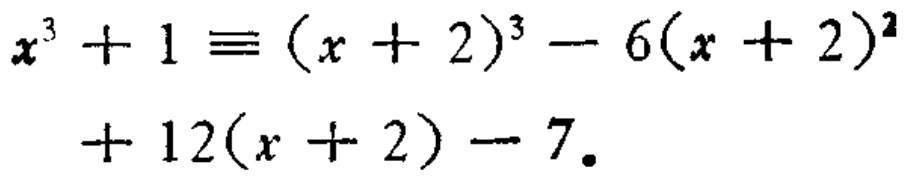
\(x^{3}+1\equiv(x + 2)^{3}-6(x + 2)^{2}+12(x + 2)-7\)